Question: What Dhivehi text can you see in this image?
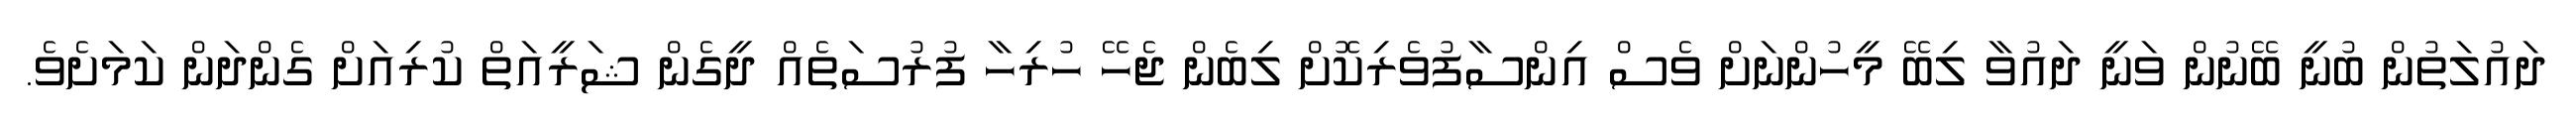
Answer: ދައުލަތުން ބުނީ ބޭނުން ވަނީ ދައުވާ ލިބޭ މީހުންނަށް ވެސް އިންސާފުވެރިކޮށް ލިބެން ޖެހޭ ހުރިހާ ފުރުސަތެއް ދީގެން ޝަރީއަތް ކުރިއަށް ގެންދަން ކަމަށެވެ.